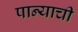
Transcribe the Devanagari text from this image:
पान्याची